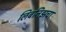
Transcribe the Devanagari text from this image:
लिबनिझचा